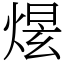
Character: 𤋉